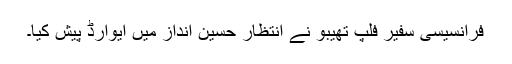
فرانسیسی سفیر فلپ تھیبو نے انتظار حسین انداز میں ایوارڈ پیش کیا۔